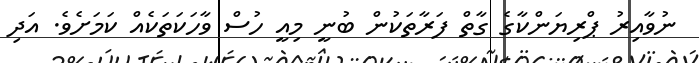
ނުވާއިރު ޕްރިޔަންކާގެ ގާތް ފަރާތަކުން ބުނީ މިއީ ހުސް ވާހަކަތަކެއް ކަމަށެވެ. އަދި